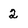
Character: 2